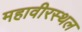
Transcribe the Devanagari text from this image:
महावीरस्थल